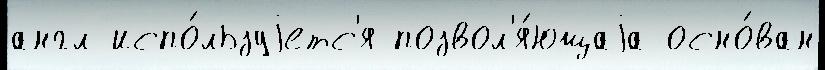
англ испо́льзуjетс'я позвол'я́ющаjа осно́ван